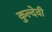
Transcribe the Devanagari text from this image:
कुल्देवी